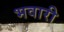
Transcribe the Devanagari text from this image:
भवारी